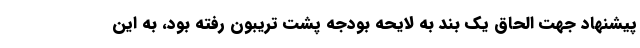
پیشنهاد جهت الحاق یک بند به لایحه بودجه پشت تریبون رفته بود، به این